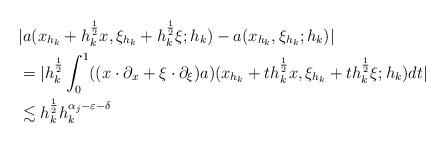
LaTeX: \begin{align*}&|a(x_{h_k}+h_k^{\frac{1}{2}} x, \xi_{h_k}+h_k^{\frac{1}{2}} \xi;h_k)-a(x_{h_k}, \xi_{h_k};h_k)|\\&=|h_k^{\frac{1}{2}}\int_0^1 ((x\cdot \partial_x+\xi \cdot \partial_{\xi})a)(x_{h_k}+th_k^{\frac{1}{2}} x, \xi_{h_k}+th_k^{\frac{1}{2}} \xi;h_k)dt|\\&\lesssim h_k^{\frac{1}{2}}h_k^{\alpha_j -\varepsilon -\delta}\end{align*}